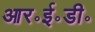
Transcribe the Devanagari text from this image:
आर॰ई॰डी॰